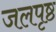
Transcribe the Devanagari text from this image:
जलपृष्ठ